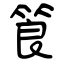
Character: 筤